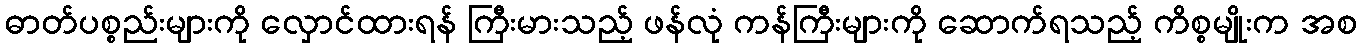
ဓာတ်ပစ္စည်းများကို လှောင်ထားရန် ကြီးမားသည့် ဖန်လုံ ကန်ကြီးများကို ဆောက်ရသည့် ကိစ္စမျိုးက အစ